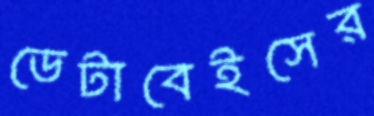
ডেটাবেইসের